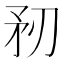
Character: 𥍞